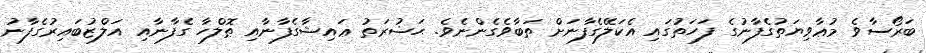
ބަރޯސާވެ މުޢާވިޔަތުގެފާނުގެ ފަހަތުގައި އެކަލޭގެފާނަށް ތަބާވެގެންނެވެ. ޙަޟުރަތު ޢައިޝާގެފާނާއި ޠޮލްހާ ގެފާނާއި އަލްޒުބައިރުގެފާނު